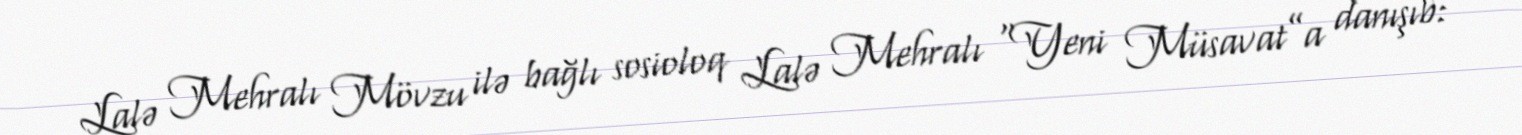
Lalə Mehralı Mövzu ilə bağlı sosioloq Lalə Mehralı “Yeni Müsavat”a danışıb: